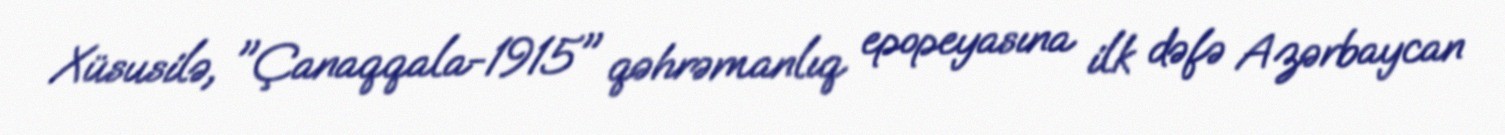
Xüsusilə, "Çanaqqala-1915" qəhrəmanlıq epopeyasına ilk dəfə Azərbaycan